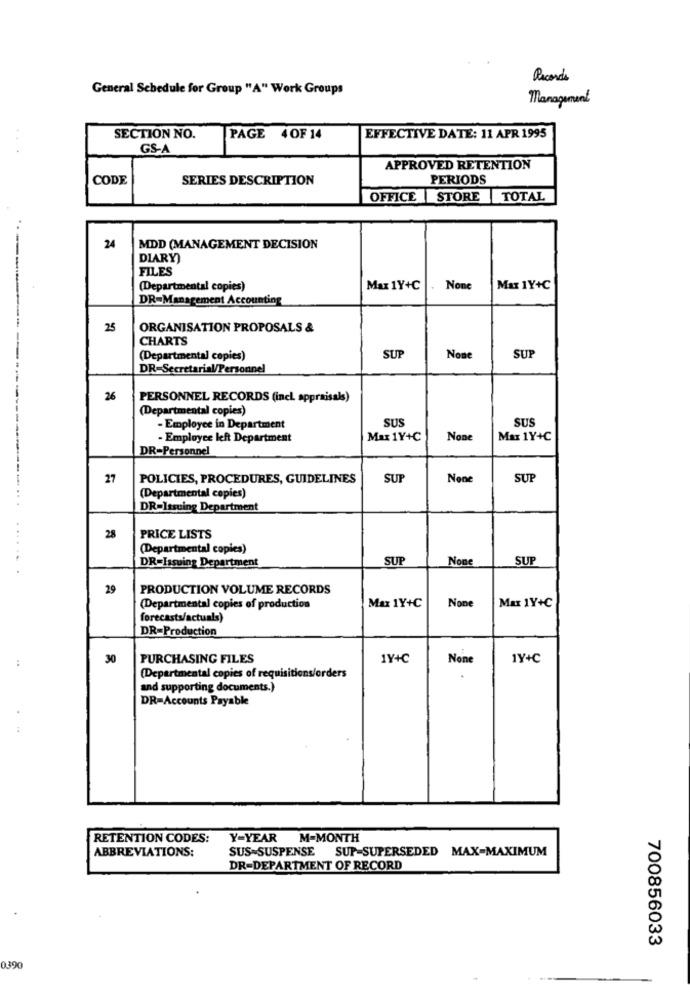
Records
General Schedule for Group "A" Work Groups
Management
SECTION NO.
PAGE 4OF 14
EFFECTIVE DATE: 11 APR 1995
GS-A
APPROVED RETENTION
CODE
SERIES DESCRIPTION
PERIODS
OFFICE STORE TOTAL
24
MDD (MANAGEMENT DECISION
DIARY)
FILES
(Departmental copies)
Max 1Y+C
Max 1Y+C
DR=Management Accounting
25
ORGANISATION PROPOSALS &
CHARTS
(Departmental copies)
SUP
SU
DR-Secretarial/Personnel
26
PERSONNEL RECORDS (incl. appraisals)
(Departmental copies)
SUS
SUS
- Employee in Department
- Employee left Department
Max 1Y+C
Max 1Y+C
DR-Personnel
27
POLICIES, PROCEDURES, GUIDELINES
SUF
SUP
(Departmental copies)
DR=Issuing Department
28
PRICE LISTS
(Departmental copies)
SUE
SUP
.. .
DR=Issuing Department
29
PRODUCTION VOLUME RECORDS
Max 1Y+C
(Departmental copies of production
Max 1Y+C
forecasts/actuals)
DR=Production
:
30
PURCHASING FILES
1Y+C
1Y+C
(Departmental copies of requisitions/orders
and supporting documents.)
DR=Accounts Payable
RETENTION CODES:
Y-YEAR
M-MONTH
SUS=SUSPENSE SUP-SUPERSEDED MAX=MAXIMUM
ABBREVIATIONS:
DR-DEPARTMENT OF RECORD
700856033
0390